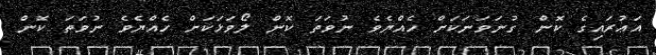
އަޢުރައިގެ ކޮން ގުނަވަނަކަށް ހެއްޔެވެ ނުވަތަ ކޮން ލޯވަޅަކަށް ހެއްޔެވެ ނުވަތަ ކޮން